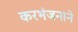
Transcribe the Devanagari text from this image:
करभंजनाने